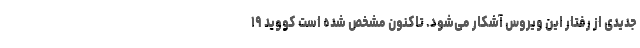
جدیدی از رفتار این ویروس آشکار می‌شود. تاکنون مشخص شده است کووید ۱۹